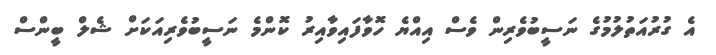
އެ ގުރުއަތުލުމުގެ ނަސީބުވެރިން ވެސް އިއްޔެ ހޮވާފައިވާއިރު ކޮންމެ ނަސީބުވެރިއަކަށް ޝެލް ބީންސް